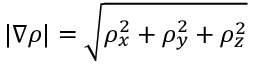
| \nabla \rho | = \sqrt { \rho _ { x } ^ { 2 } + \rho _ { y } ^ { 2 } + \rho _ { z } ^ { 2 } }